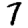
Digit: 7